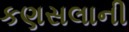
કણસલાની